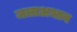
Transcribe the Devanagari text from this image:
जलाअभाव